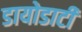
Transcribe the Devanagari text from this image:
डायोडाटी